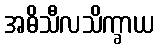
အဓိသီလသိက္ခာယ